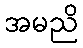
အမညိ